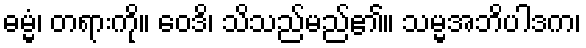
ဓမ္မံ၊ တရားကို။ ဝေဒိ၊ သိသည်မည်၏။ သမ္မအဘိပါဒက၊